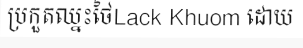
ប្រកួតឈ្នះថៃLack Khuom ដោយ